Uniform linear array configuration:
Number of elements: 8
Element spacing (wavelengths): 0.25
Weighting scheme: kaiser
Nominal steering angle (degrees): -45
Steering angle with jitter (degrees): -46.11
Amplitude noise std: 0.05
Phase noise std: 0.05

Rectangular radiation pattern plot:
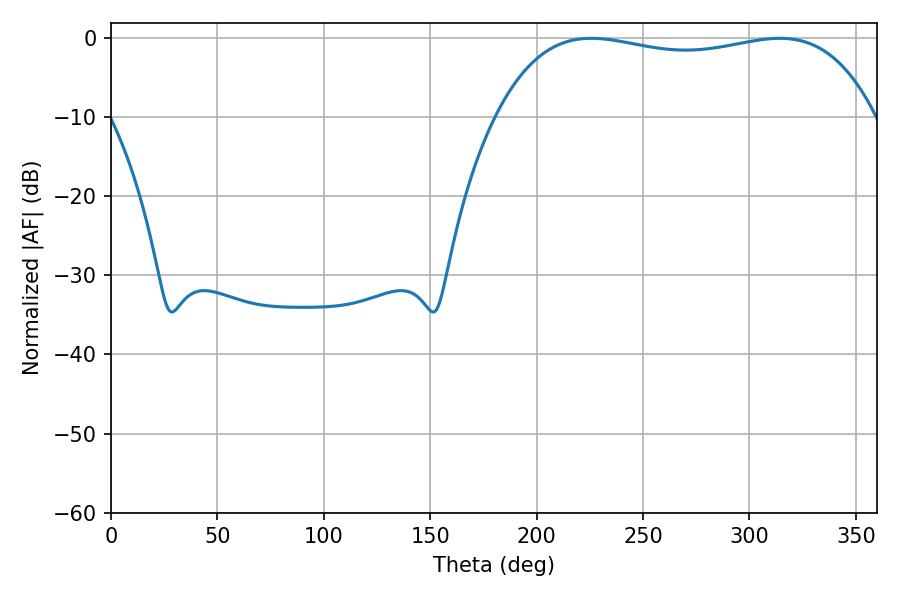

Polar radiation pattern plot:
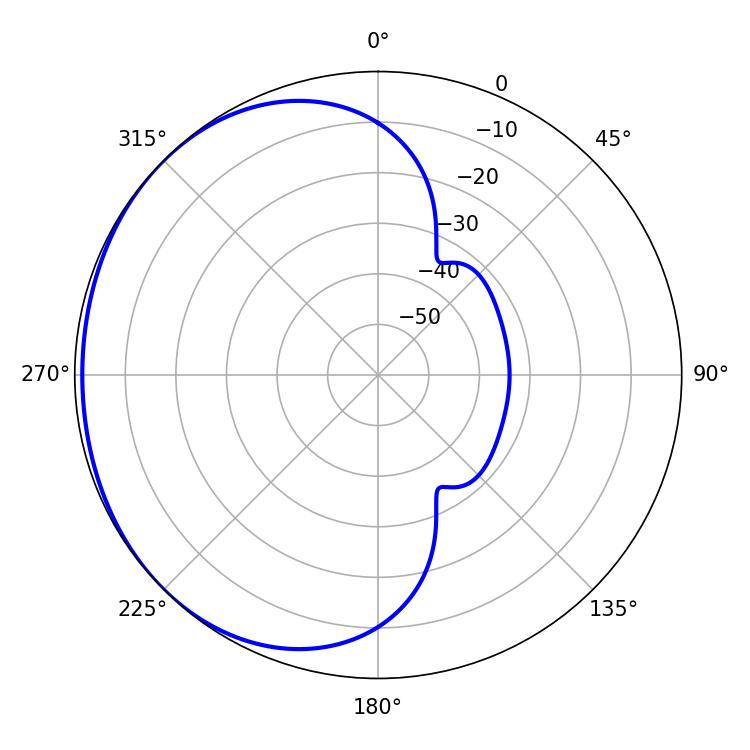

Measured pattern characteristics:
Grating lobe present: FALSE
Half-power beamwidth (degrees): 143.28
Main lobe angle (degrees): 225.72